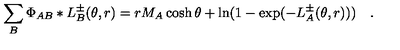
\sum _ { B } \Phi _ { A B } \ast L _ { B } ^ { \pm } ( \theta , r ) = r M _ { A } \cosh \theta + \ln ( 1 - \exp ( - L _ { A } ^ { \pm } ( \theta , r ) ) ) \quad .